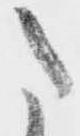
た